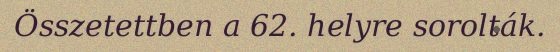
Összetettben a 62. helyre sorolták.